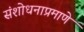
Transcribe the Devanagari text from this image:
संशोधनाप्रमाणे